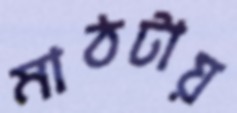
মাঠটায়